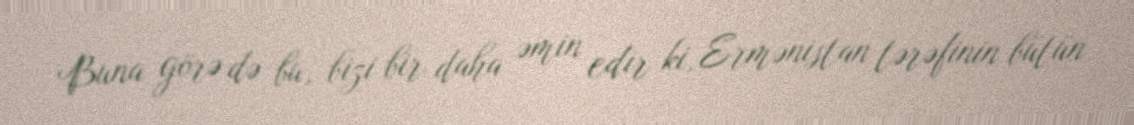
Buna görə də bu, bizi bir daha əmin edir ki, Ermənistan tərəfinin bütün